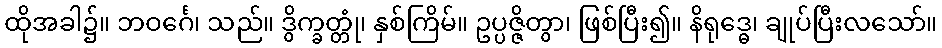
ထိုအခါ၌။ ဘဝင်္ဂေ၊ သည်။ ဒွိက္ခတ္တုံ၊ နှစ်ကြိမ်။ ဥပ္ပဇ္ဇိတွာ၊ ဖြစ်ပြီး၍။ နိရုဒ္ဓေ၊ ချုပ်ပြီးလသော်။